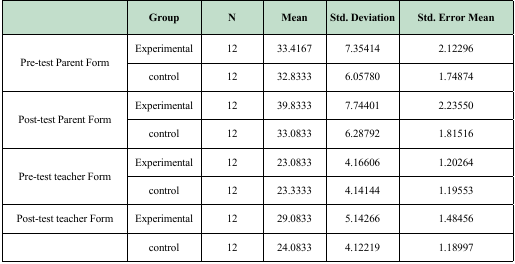
<table><thead><tr><td></td><td><b>Group</b></td><td><b>N</b></td><td><b>Mean</b></td><td><b>Std. Deviation</b></td><td><b>Std. Error Mean</b></td></tr><tr><td rowspan="2"><b>Pre-test Parent Form</b></td><td><b>Experimental</b></td><td><b>12</b></td><td><b>33.4167</b></td><td><b>7.35414</b></td><td><b>2.12296</b></td></tr><tr><td><b>control</b></td><td><b>12</b></td><td><b>32.8333</b></td><td><b>6.05780</b></td><td><b>1.74874</b></td></tr><tr><td rowspan="2"><b>Post-test Parent Form</b></td><td><b>Experimental</b></td><td><b>12</b></td><td><b>39.8333</b></td><td><b>7.74401</b></td><td><b>2.23550</b></td></tr><tr><td><b>control</b></td><td><b>12</b></td><td><b>33.0833</b></td><td><b>6.28792</b></td><td><b>1.81516</b></td></tr><tr><td rowspan="2"><b>Pre-test teacher Form</b></td><td><b>Experimental</b></td><td><b>12</b></td><td><b>23.0833</b></td><td><b>4.16606</b></td><td><b>1.20264</b></td></tr><tr><td><b>control</b></td><td><b>12</b></td><td><b>23.3333</b></td><td><b>4.14144</b></td><td><b>1.19553</b></td></tr><tr><td rowspan="2"><b>Post-test teacher Form</b></td><td><b>Experimental</b></td><td><b>12</b></td><td><b>29.0833</b></td><td><b>5.14266</b></td><td><b>1.48456</b></td></tr></thead><tbody><tr><td>control</td><td>12</td><td>24.0833</td><td>4.12219</td><td>1.18997</td></tr></tbody></table>